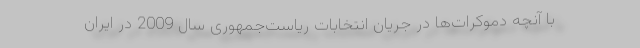
با آنچه دموکرات‌ها در جریان انتخابات ریاست‌جمهوری سال 2009 در ایران